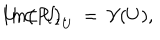
I m \big ( P _ { \iota } \big ) _ { U } \: = \: { \cal V } ( U ) , \hspace { 0 . 7 c m } U \subset U _ { \iota } .